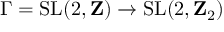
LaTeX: \Gamma = \mathrm { S L } ( 2 , \mathbf { Z } ) \to \mathrm { S L } ( 2 , \mathbf { Z } _ { 2 } )